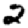
Digit: 2